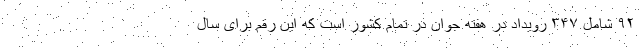
۹۲ شامل ۳۴۷ رویداد در هفته جوان در تمام کشور است که این رقم برای سال